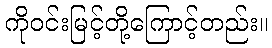
ကိုဝင်းမြင့်တို့ကြောင့်တည်း။